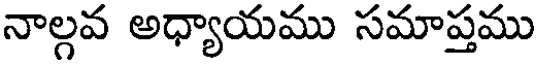
నాల్గవ అధ్యాయము సమాప్తము